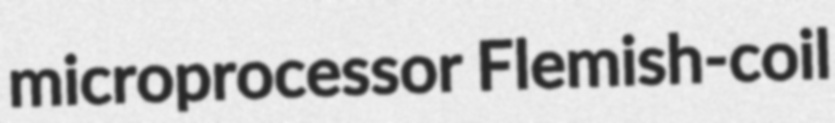
microprocessor Flemish-coil